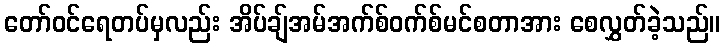
တော်ဝင်ရေတပ်မှလည်း အိပ်ချ်အမ်အက်စ်ဝက်စ်မင်စတာအား စေလွှတ်ခဲ့သည်။